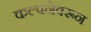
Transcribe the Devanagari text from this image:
कल्पनेवरून